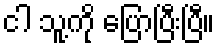
ငါ သူ့ကို ပြောပြီးပြီ။